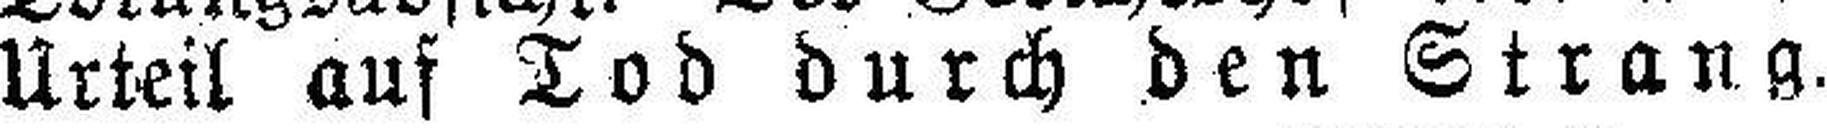
Urteil auf Tod durch den Strang.